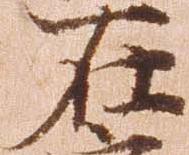
在